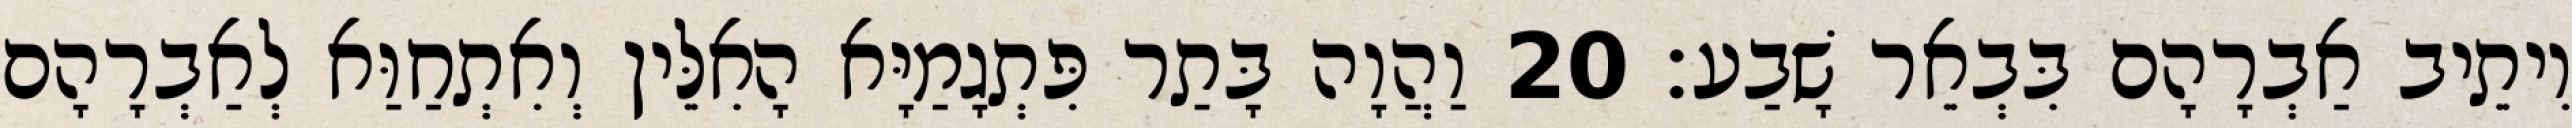
וִיתֵיב אַבְרָהָם בִּבְאֵר שָׁבַע׃ 20 וַהֲוָה בָּתַר פִּתְגָמַיָּא הָאִלֵּין וְאִתְחַוַּא לְאַבְרָהָם